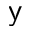
\mathsf { y }